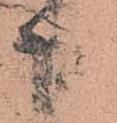
成